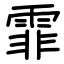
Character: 霏